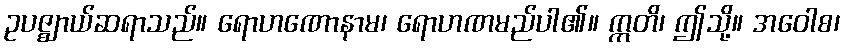
ဥပဇ္ဈာယ်ဆရာသည်။ ရောဟဏောနာမ၊ ရောဟဏမည်ပါ၏။ ဣတိ၊ ဤသို့။ အဝေါစ၊